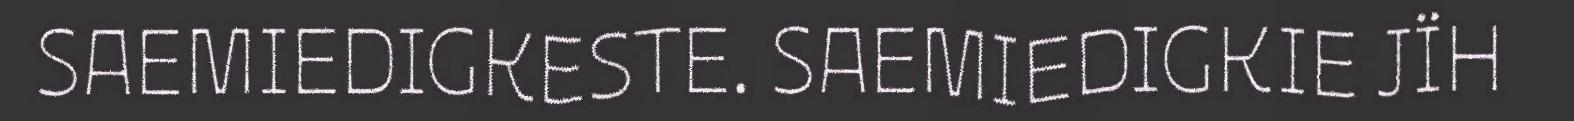
SAEMIEDIGKESTE. SAEMIEDIGKIE JÏH